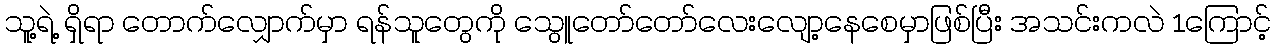
သူ့ရဲ့ ရှိရာ တောက်လျှောက်မှာ ရန်သူတွေကို သွေူတော်တော်လေးလျော့နေစေမှာဖြစ်ပြီး အသင်းကလဲ 1ကြောင့်